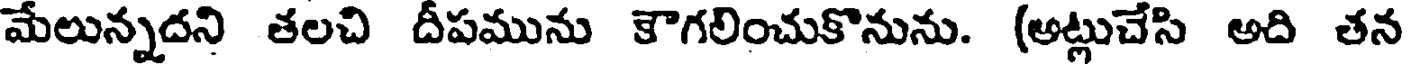
మేలున్నదని తలచి దీపమును కౌగలించుకొనును. (అట్లుచేసి అది తన